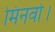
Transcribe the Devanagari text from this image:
मिनर्वा।